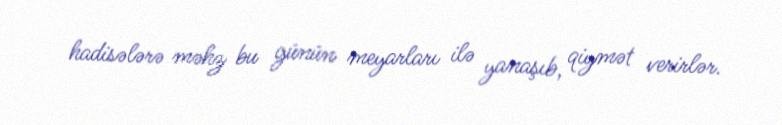
hadisələrə məhz bu günün meyarları ilə yanaşıb, qiymət verirlər.